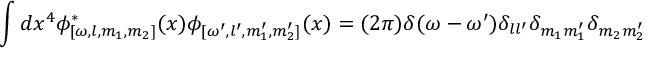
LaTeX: \int d x ^ { 4 } \phi _ { [ \omega , l , m _ { 1 } , m _ { 2 } ] } ^ { \ast } ( x ) \phi _ { [ \omega ^ { \prime } , l ^ { \prime } , m _ { 1 } ^ { \prime } , m _ { 2 } ^ { \prime } ] } ( x ) = ( 2 \pi ) \delta ( \omega - \omega ^ { \prime } ) \delta _ { l l ^ { \prime } } \delta _ { m _ { 1 } m _ { 1 } ^ { \prime } } \delta _ { m _ { 2 } m _ { 2 } ^ { \prime } }